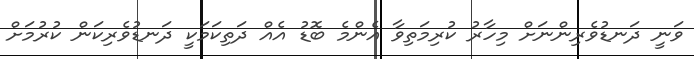
ވަނީ ދަނޑުވެރިންނަށް މިހާރު ކުރިމަތިވާ އެންމެ ބޮޑު އެއް ދަތިކަމަކީ ދަނޑުވެރިކަން ކުރުމަށް